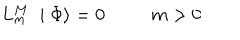
LaTeX: L _ { m } ^ { M } \; \mid \Phi \rangle = 0 m > 0